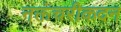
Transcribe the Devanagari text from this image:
नक्तंचरीकदन